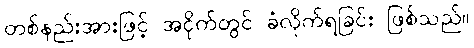
တစ်နည်းအားဖြင့် အငိုက်တွင် ခံလိုက်ရခြင်း ဖြစ်သည်။